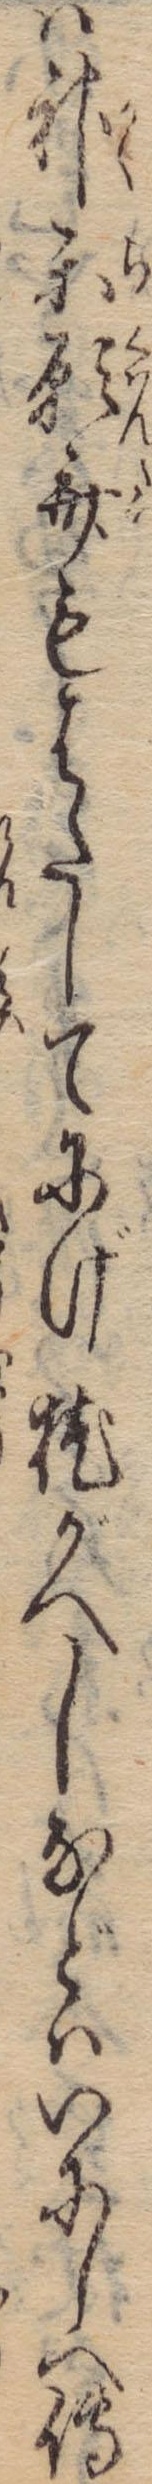
は神楽願斎もはたしてにげ枕がへしなどはいにしへ伝